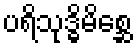
ပရိသုဒ္ဓိမိစ္ဆေ